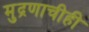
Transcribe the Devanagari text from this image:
मुद्रणाचीही